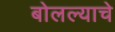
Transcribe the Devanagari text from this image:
बोलल्याचे